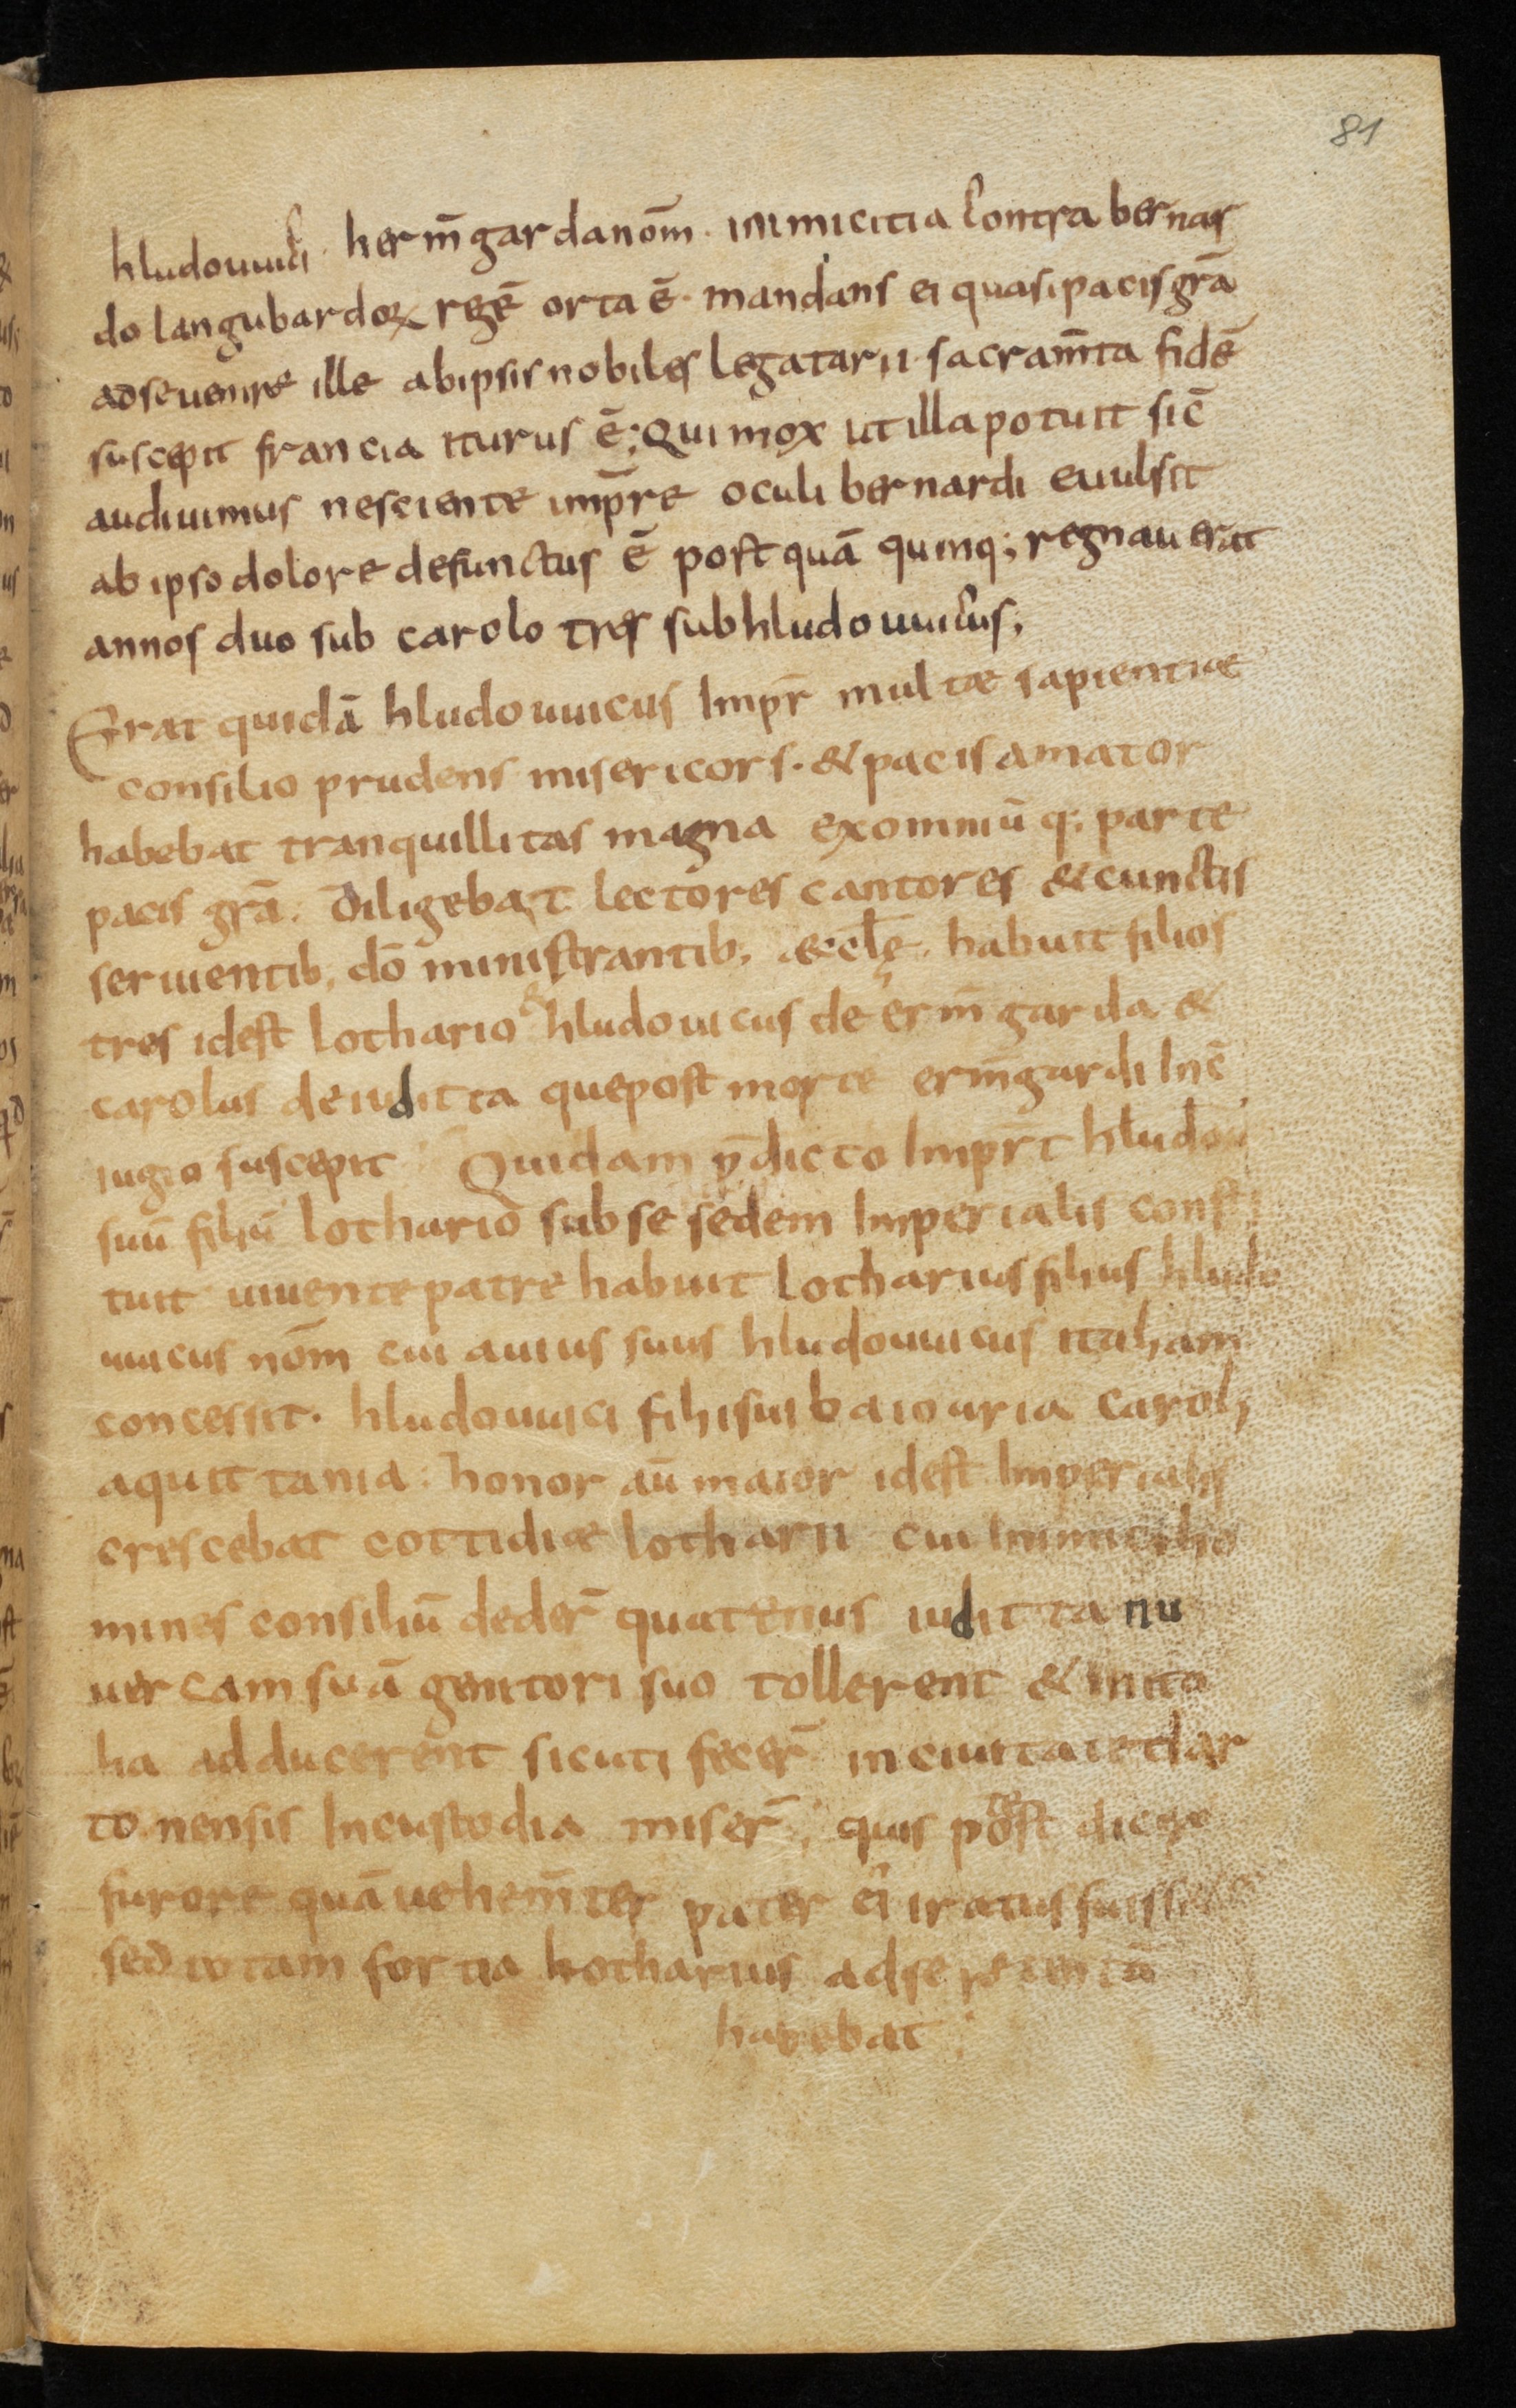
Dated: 800–999